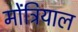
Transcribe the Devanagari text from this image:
मोंत्रियाल